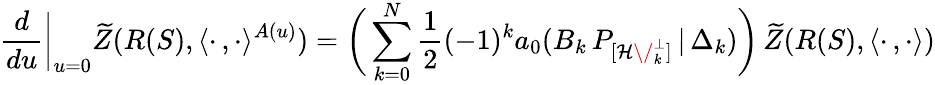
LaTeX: \frac{d}{du}\biggl|_{u=0}\widetilde{Z}(R(S),\langle\cdot\, ,\cdot\rangle^{A(u)})=\biggl(\, \sum_{k=0}^{N}\frac{1}{2}(-1)^{k}a_{0}(B_{k}\, P_{[{\cal H\/ }_{k}^{\perp}]}\, |\, \Delta_{k})\biggr)\, \widetilde{Z}(R(S),\langle\cdot\, ,\cdot\rangle)